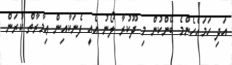
އަދި ހަމައެހެންމެ ބޭންކުން މި ދޫކުރާ ލޯނު އެއީ ފެނަކާއިން ޢިމާރާތް ކުރަން